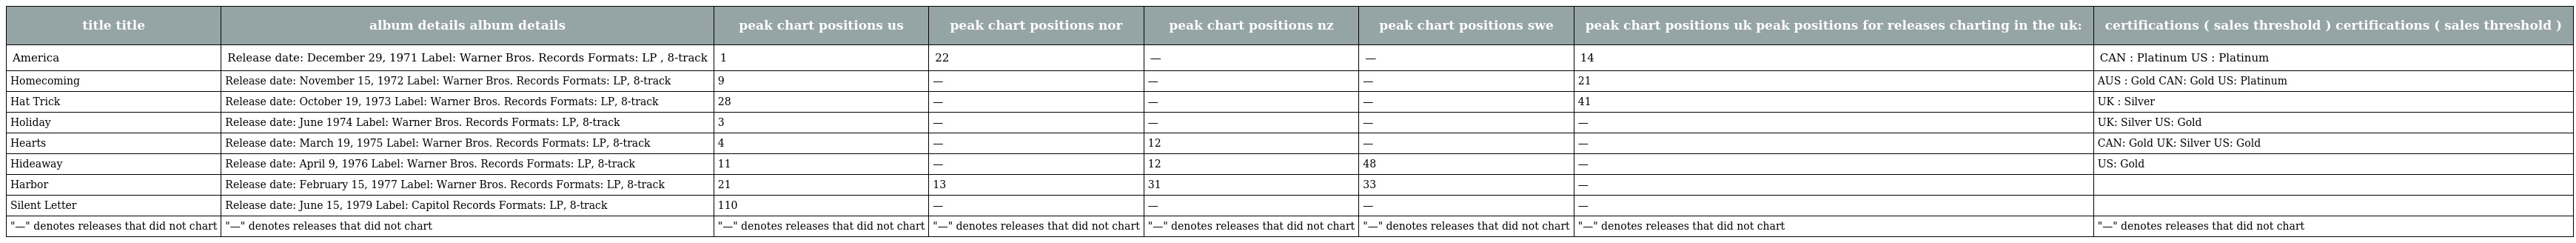
| title title | album details album details | peak chart positions us | peak chart positions nor | peak chart positions nz | peak chart positions swe | peak chart positions uk peak positions for releases charting in the uk: | certifications ( sales threshold ) certifications ( sales threshold ) |
 | --- | --- | --- | --- | --- | --- | --- | --- |
 | America | Release date: December 29, 1971 Label: Warner Bros. Records Formats: LP , 8-track | 1 | 22 | — | — | 14 | CAN : Platinum US : Platinum |
 | Homecoming | Release date: November 15, 1972 Label: Warner Bros. Records Formats: LP, 8-track | 9 | — | — | — | 21 | AUS : Gold CAN: Gold US: Platinum |
 | Hat Trick | Release date: October 19, 1973 Label: Warner Bros. Records Formats: LP, 8-track | 28 | — | — | — | 41 | UK : Silver |
 | Holiday | Release date: June 1974 Label: Warner Bros. Records Formats: LP, 8-track | 3 | — | — | — | — | UK: Silver US: Gold |
 | Hearts | Release date: March 19, 1975 Label: Warner Bros. Records Formats: LP, 8-track | 4 | — | 12 | — | — | CAN: Gold UK: Silver US: Gold |
 | Hideaway | Release date: April 9, 1976 Label: Warner Bros. Records Formats: LP, 8-track | 11 | — | 12 | 48 | — | US: Gold |
 | Harbor | Release date: February 15, 1977 Label: Warner Bros. Records Formats: LP, 8-track | 21 | 13 | 31 | 33 | — |  |
 | Silent Letter | Release date: June 15, 1979 Label: Capitol Records Formats: LP, 8-track | 110 | — | — | — | — |  |
 | "—" denotes releases that did not chart | "—" denotes releases that did not chart | "—" denotes releases that did not chart | "—" denotes releases that did not chart | "—" denotes releases that did not chart | "—" denotes releases that did not chart | "—" denotes releases that did not chart | "—" denotes releases that did not chart |